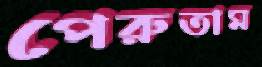
পেরুতাম